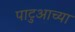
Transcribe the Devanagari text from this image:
पाटुआच्या